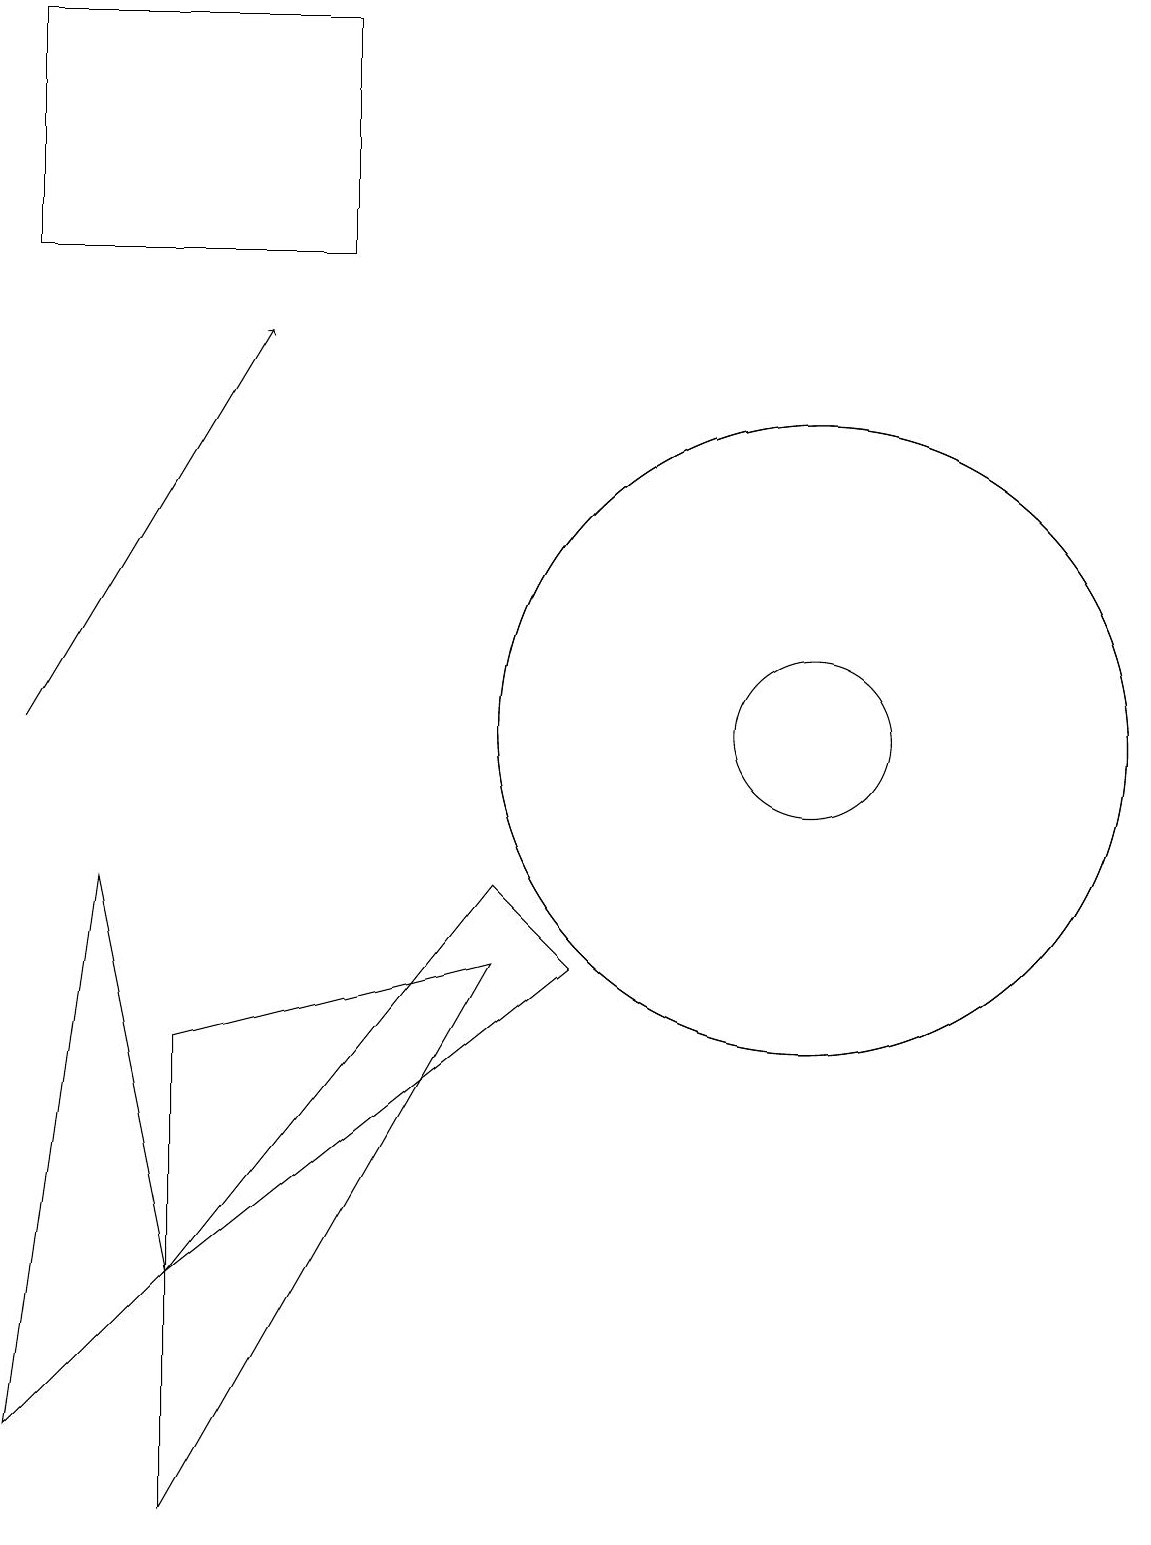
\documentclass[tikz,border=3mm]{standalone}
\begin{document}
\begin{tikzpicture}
\draw (8,7) -- (3,3) -- (7,8) -- cycle;
\draw[->] (1,10) -- (4,15);
\draw (3,6) -- (7,7) -- (3,0) -- cycle;
\draw (11,10) circle (4);
\draw (3,3) -- (1,1) -- (2,8) -- cycle;
\draw (11,10) circle (4);
\draw (11,10) circle (1);
\draw (5,19) rectangle (1,16);
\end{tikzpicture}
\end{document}